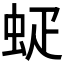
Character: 𰲷